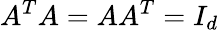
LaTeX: A^{T}A=AA^{T}=I_{d}